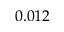
0 . 0 1 2